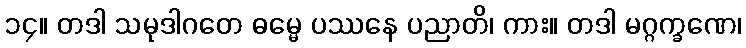
၁၄။ တဒါ သမုဒါဂတေ ဓမ္မေ ပဿနေ ပညာတိ၊ ကား။ တဒါ မဂ္ဂက္ခဏေ၊